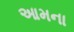
આમના